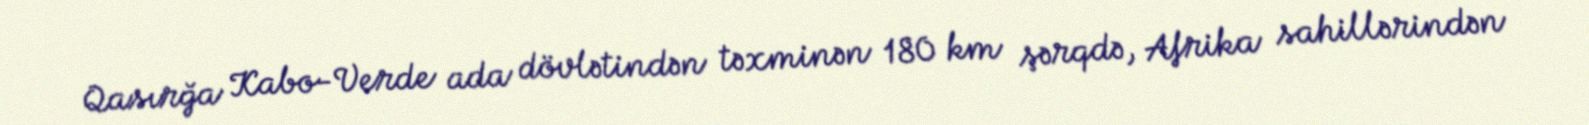
Qasırğa Kabo-Verde ada dövlətindən təxminən 180 km şərqdə, Afrika sahillərindən